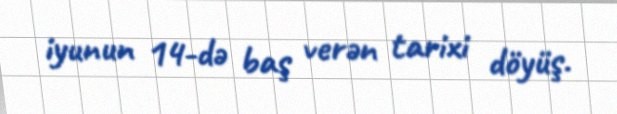
iyunun 14-də baş verən tarixi döyüş.